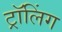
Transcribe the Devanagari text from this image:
ट्रॉलिंग